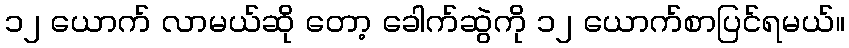
၁၂ ယောက် လာမယ်ဆို တော့ ခေါက်ဆွဲကို ၁၂ ယောက်စာပြင်ရမယ်။